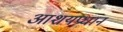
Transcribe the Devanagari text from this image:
आशयप्रधान